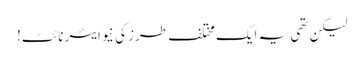
لیکن تھی یہ ایک مختلف طرز کی نیو ایئر نائٹ!